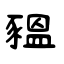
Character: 豱